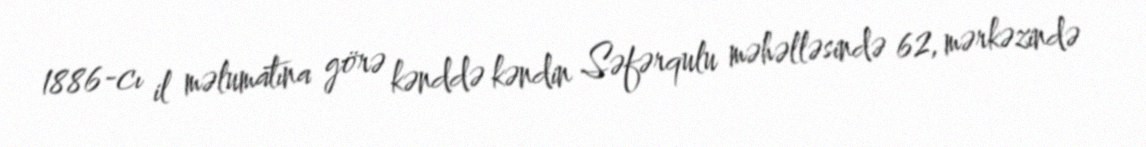
1886-cı il məlumatına görə kənddə kəndin Səfərqulu məhəlləsində 62, mərkəzində